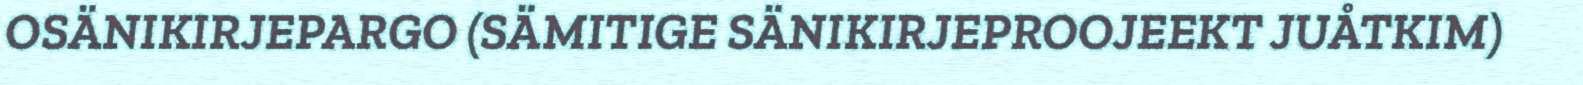
OSÄNIKIRJEPARGO (SÄMITIGE SÄNIKIRJEPROOJEEKT JUÅTKIM)